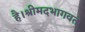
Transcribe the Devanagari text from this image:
है।श्रीमदभागवत